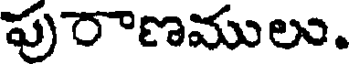
పురాణములు.